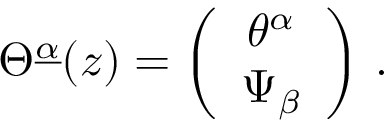
\Theta ^ { \underline { { \alpha } } } ( z ) = \left( \begin{array} { c } { { \theta ^ { \alpha } } } \\ { { \Psi _ { \beta } } } \end{array} \right) \, .